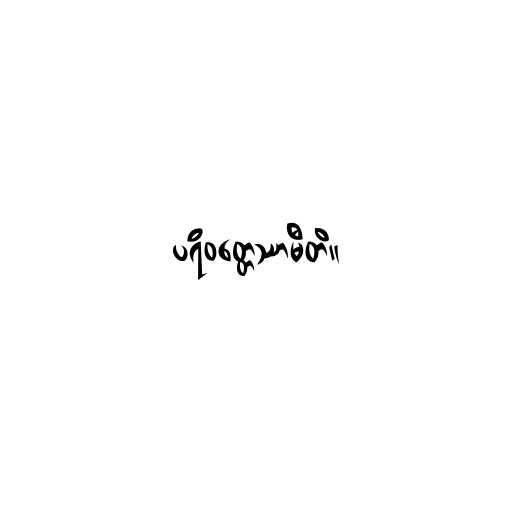
ပရိဝတ္တေဿာမီတိ။